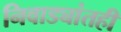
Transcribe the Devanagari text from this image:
निवाड्यांतही